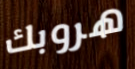
هروبك